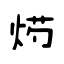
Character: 烵